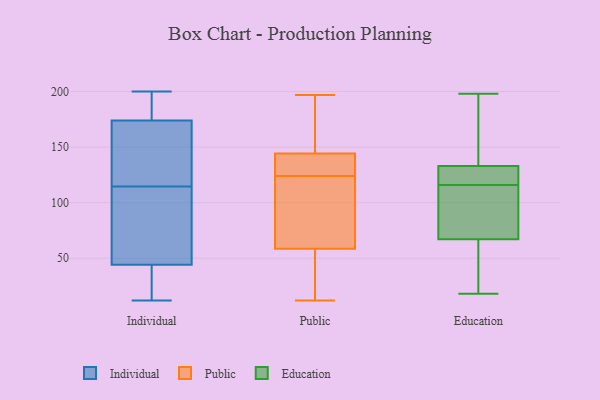
{"axis": {"x": "Satisfaction Score", "y": "Value"}, "legend": ["Education", "Individual", "Public"], "data": [{"x": "", "y": 44, "type": "Individual"}, {"x": "", "y": 31, "type": "Individual"}, {"x": "", "y": 200, "type": "Individual"}, {"x": "", "y": 174, "type": "Individual"}, {"x": "", "y": 128, "type": "Individual"}, {"x": "", "y": 12, "type": "Individual"}, {"x": "", "y": 134, "type": "Individual"}, {"x": "", "y": 66, "type": "Individual"}, {"x": "", "y": 189, "type": "Individual"}, {"x": "", "y": 101, "type": "Individual"}, {"x": "", "y": 159, "type": "Public"}, {"x": "", "y": 139, "type": "Public"}, {"x": "", "y": 71, "type": "Public"}, {"x": "", "y": 184, "type": "Public"}, {"x": "", "y": 135, "type": "Public"}, {"x": "", "y": 124, "type": "Public"}, {"x": "", "y": 29, "type": "Public"}, {"x": "", "y": 26, "type": "Public"}, {"x": "", "y": 55, "type": "Public"}, {"x": "", "y": 12, "type": "Public"}, {"x": "", "y": 153, "type": "Public"}, {"x": "", "y": 113, "type": "Public"}, {"x": "", "y": 197, "type": "Public"}, {"x": "", "y": 146, "type": "Public"}, {"x": "", "y": 137, "type": "Public"}, {"x": "", "y": 63, "type": "Public"}, {"x": "", "y": 120, "type": "Public"}, {"x": "", "y": 57, "type": "Public"}, {"x": "", "y": 135, "type": "Public"}, {"x": "", "y": 67, "type": "Education"}, {"x": "", "y": 116, "type": "Education"}, {"x": "", "y": 177, "type": "Education"}, {"x": "", "y": 189, "type": "Education"}, {"x": "", "y": 133, "type": "Education"}, {"x": "", "y": 198, "type": "Education"}, {"x": "", "y": 124, "type": "Education"}, {"x": "", "y": 123, "type": "Education"}, {"x": "", "y": 116, "type": "Education"}, {"x": "", "y": 41, "type": "Education"}, {"x": "", "y": 96, "type": "Education"}, {"x": "", "y": 18, "type": "Education"}, {"x": "", "y": 67, "type": "Education"}, {"x": "", "y": 75, "type": "Education"}]}